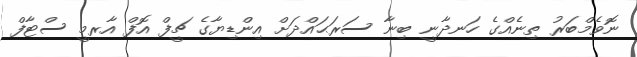
ނޮވެމްބަރު ތިނެއްގެ ހަނދާނީ ބިނާ ސަރަޙައްދަށް އިންޑިޔާގެ ޗީފް އޮފް އާރމީ ސްޓާފް